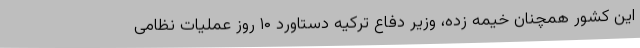
این کشور همچنان خیمه زده، وزیر دفاع ترکیه دستاورد ۱۰ روز عملیات نظامی